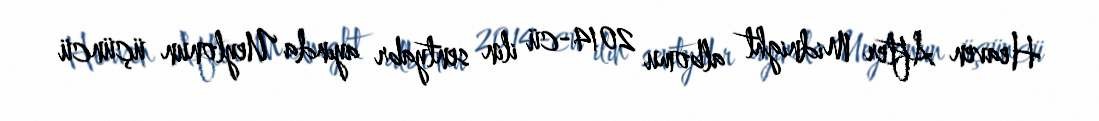
Heaven After Midnight albomu 2014-cü ilin sentyabr ayında Ueylonun üçüncü